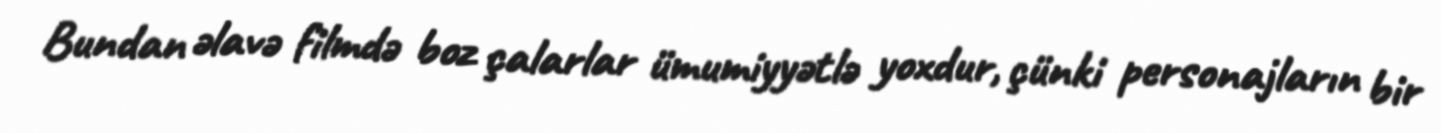
Bundan əlavə filmdə boz çalarlar ümumiyyətlə yoxdur, çünki personajların bir